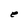
Character: e